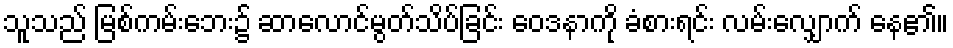
သူသည် မြစ်ကမ်းဘေး၌ ဆာလောင်မွတ်သိပ်ခြင်း ဝေဒနာကို ခံစားရင်း လမ်းလျှောက် နေ၏။